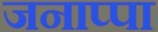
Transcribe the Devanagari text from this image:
जनाप्पा